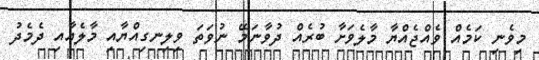
މިވެނި ކަމެއް ވެއްޖެއްޔާ މާލެވަށާ ބުރެއް ދުވާނަމޭ ނުވަތަ ވިލިނގިއްޔާއި މާލެއާއި ދެމެދު